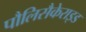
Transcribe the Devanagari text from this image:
पौलिसैकेराइड